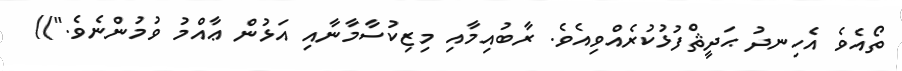
ތޯއެވެ އެހިނދު ޙަދީޘްފުޅުކުރެއްވިއެވެ. ރާބުއިމާއި މިޒިކުސާމާނާއި އަޅުން ޢާއްމު ވުމުންނެވެ."))